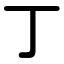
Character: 丁